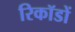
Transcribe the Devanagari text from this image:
रिकॉडों